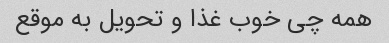
همه چی خوب غذا و تحویل به موقع